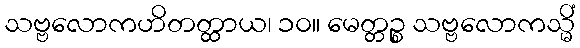
သဗ္ဗလောကဟိတတ္ထာယ၊ ၁၀။ မေတ္တဉ္စ သဗ္ဗလောကသ္မိံ